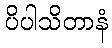
ပိပါသိတာနံ